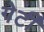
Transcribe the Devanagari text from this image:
गेर्टी